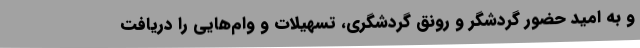
و به امید حضور گردشگر و رونق گردشگری، تسهیلات و وام‌هایی را دریافت